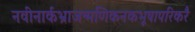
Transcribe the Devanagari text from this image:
नवीनार्कभ्राजन्मणिकनकभूषापरिकरै